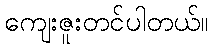
ကျေးဇူးတင်ပါတယ်။